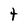
Character: t